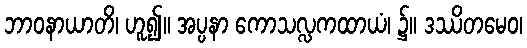
ဘာဝနာယာတိ၊ ဟူ၍။ အပ္ပနာ ကောသလ္လကထာယံ၊ ၌။ ဒဿိတမေဝ၊